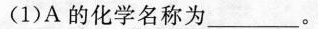
(1)A的化学名称为_______。